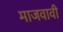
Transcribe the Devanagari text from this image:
माजवावी